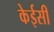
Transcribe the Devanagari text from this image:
केईसी